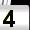
Digit: 4